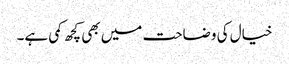
خیال کی وضاحت میں بھی کچھ کمی ہے۔